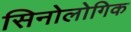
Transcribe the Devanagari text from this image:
सिनोलोगिक